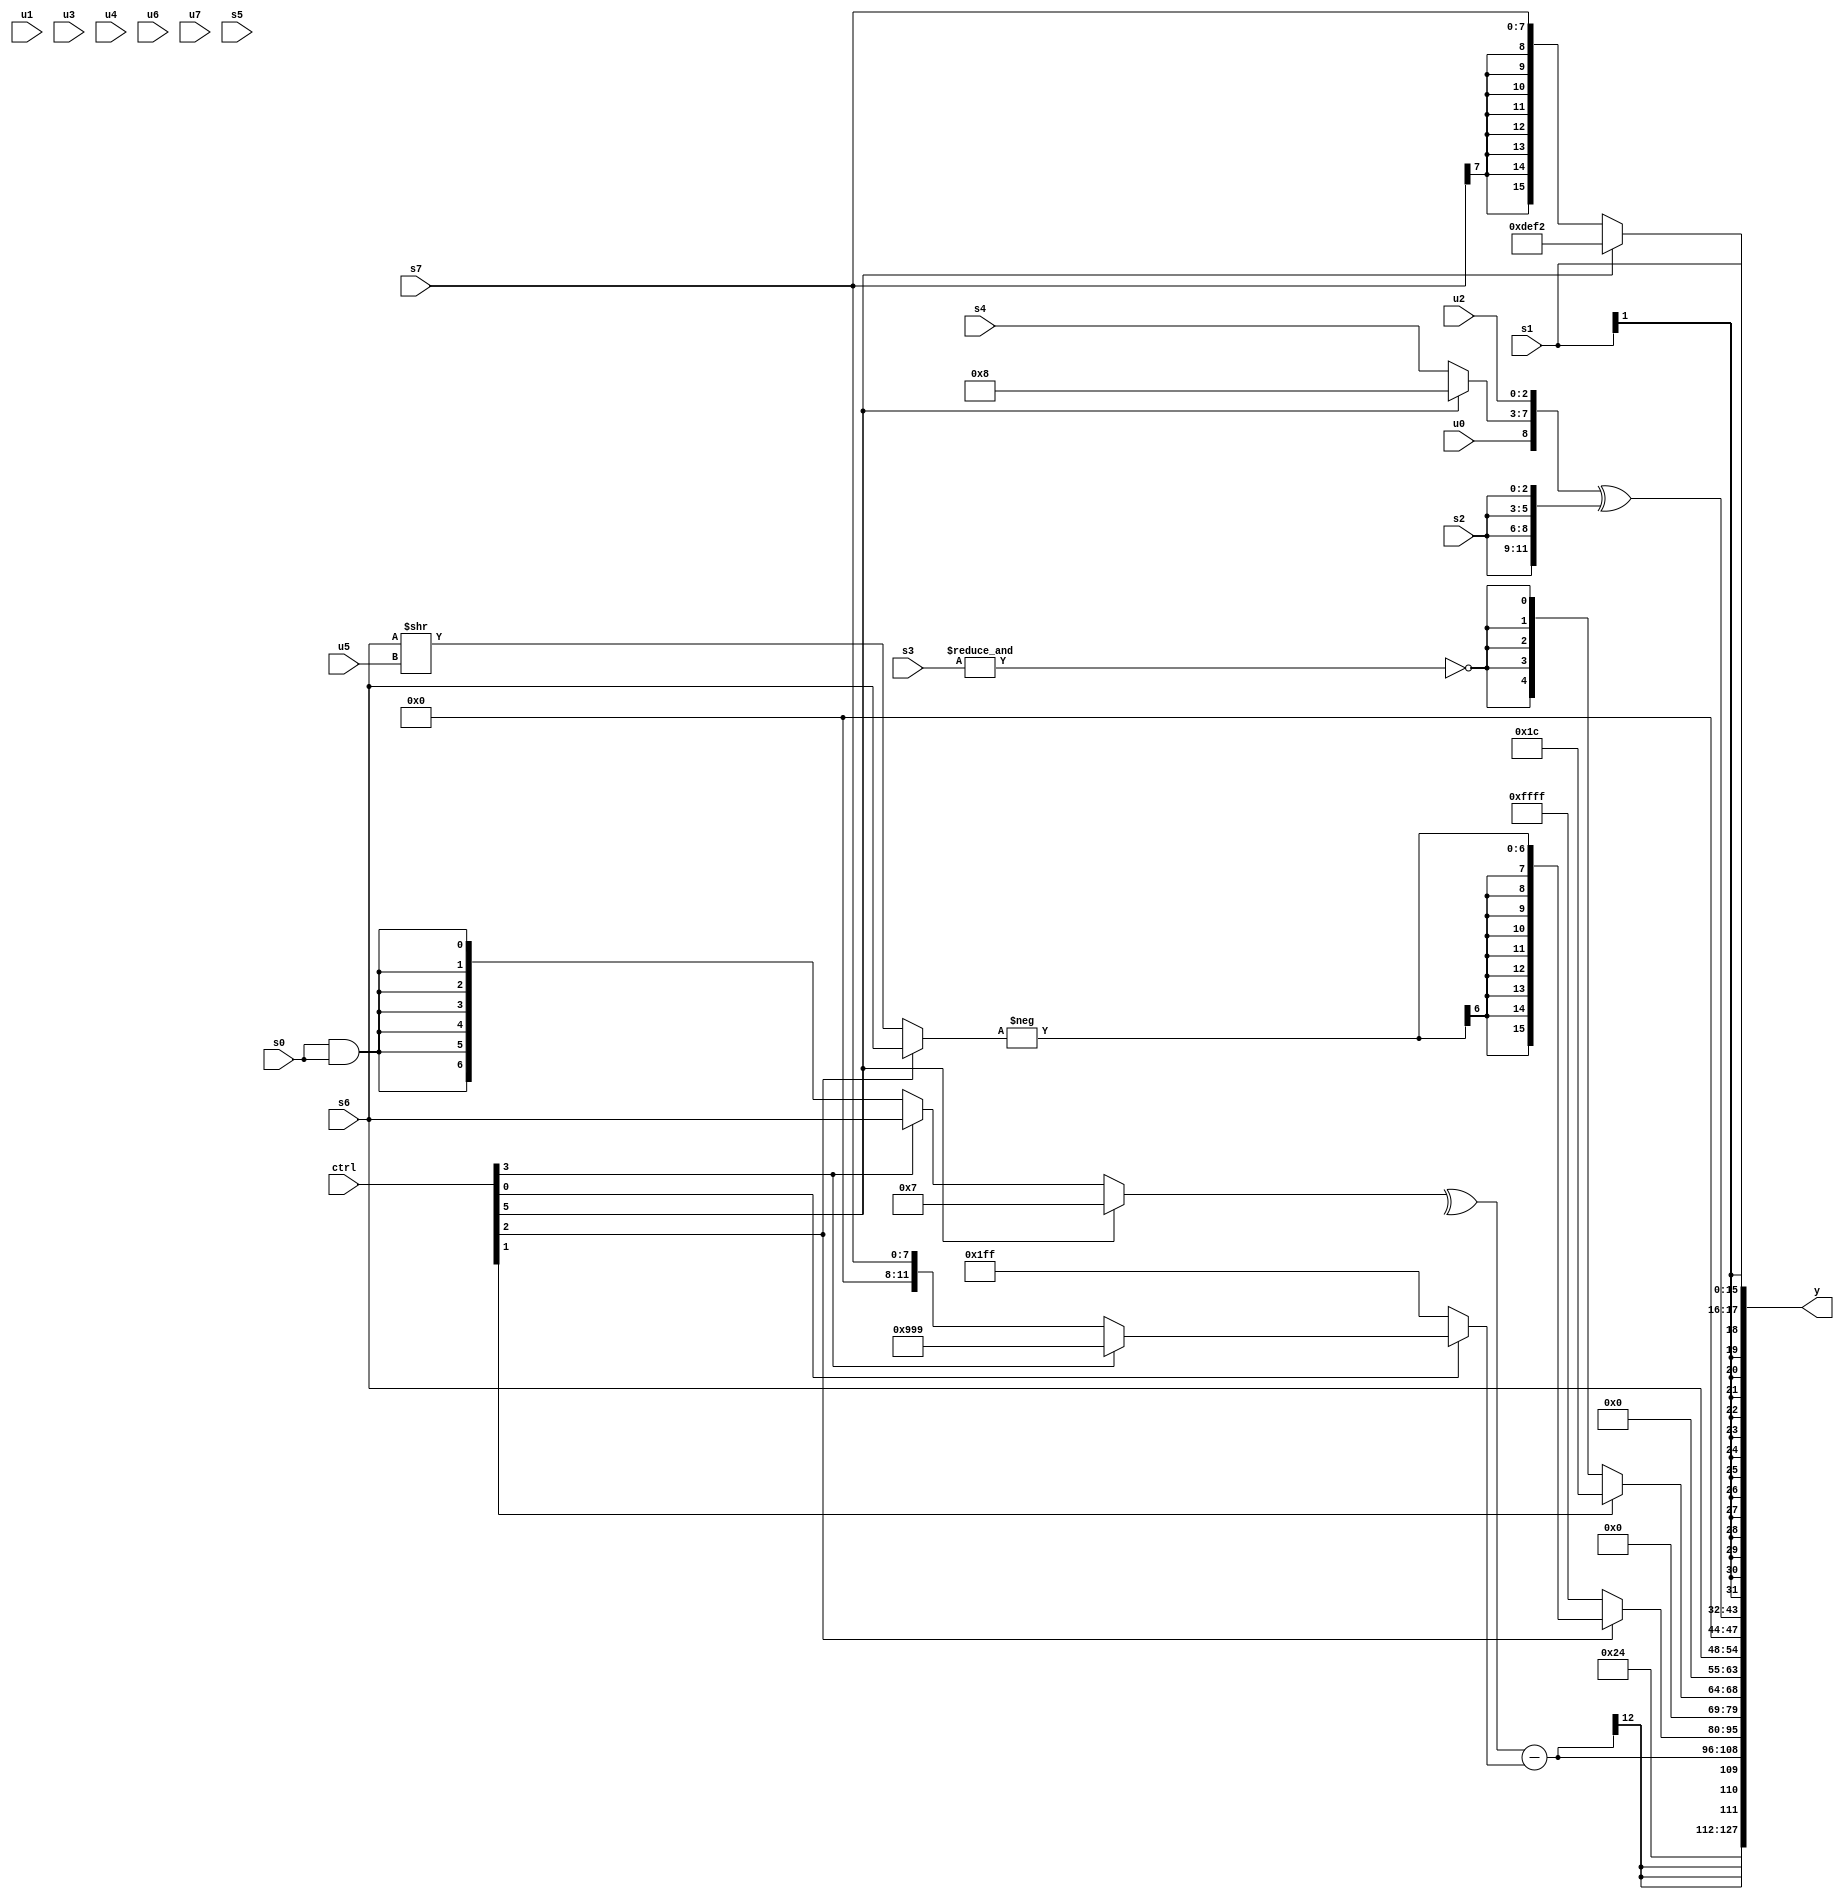
module wideexpr_00827(ctrl, u0, u1, u2, u3, u4, u5, u6, u7, s0, s1, s2, s3, s4, s5, s6, s7, y);
  input [7:0] ctrl;
  input [0:0] u0;
  input [1:0] u1;
  input [2:0] u2;
  input [3:0] u3;
  input [4:0] u4;
  input [5:0] u5;
  input [6:0] u6;
  input [7:0] u7;
  input signed [0:0] s0;
  input signed [1:0] s1;
  input signed [2:0] s2;
  input signed [3:0] s3;
  input signed [4:0] s4;
  input signed [5:0] s5;
  input signed [6:0] s6;
  input signed [7:0] s7;
  output [127:0] y;
  wire [15:0] y0;
  wire [15:0] y1;
  wire [15:0] y2;
  wire [15:0] y3;
  wire [15:0] y4;
  wire [15:0] y5;
  wire [15:0] y6;
  wire [15:0] y7;
  assign y = {y0,y1,y2,y3,y4,y5,y6,y7};
  assign y0 = 6'b100100;
  assign y1 = (^($unsigned((ctrl[5]?(-(4'sb1001))^(+(2'sb00)):(ctrl[3]?$signed(s6):(s0)&(s0))))))-((ctrl[0]?(ctrl[3]?{3{4'b1001}}:(ctrl[0]?{+(s7)}:+((ctrl[0]?4'b1110:6'sb001100)))):{3{$signed($signed(3'sb111))}}));
  assign y2 = (ctrl[2]?$signed($signed(-((ctrl[2]?s6:(+(s6))>>(u5))))):3'sb111);
  assign y3 = {1{(ctrl[1]?5'sb11100:$signed({1{{-($signed(~&(s3)))}}}))}};
  assign y4 = {1{s6}};
  assign y5 = ({1{$signed(+({+($signed(u0)),(ctrl[5]?(3'sb010)<<(2'b10):$signed(s4)),u2}))}})^({4{s2}});
  assign y6 = s1;
  assign y7 = (ctrl[5]?$signed(({4{5'sb10111}})^($unsigned($signed(-(3'sb011))))):s7);
endmodule